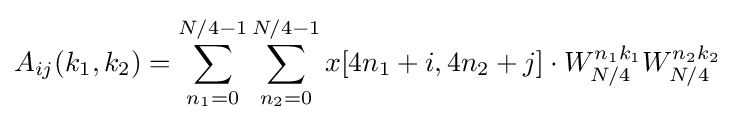
A_{ij}(k_{1},k_{2})=\sum _{n_{1}=0}^{N/4-1}\sum _{n_{2}=0}^{N/4-1}x[4n_{1}+i,4n_{2}+j]\cdot W_{N/4}^{n_{1}k_{1}}W_{N/4}^{n_{2}k_{2}}